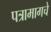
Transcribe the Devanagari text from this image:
पत्रामागचे